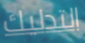
التدليك